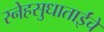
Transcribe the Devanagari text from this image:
स्नेहसुधाताईंचे